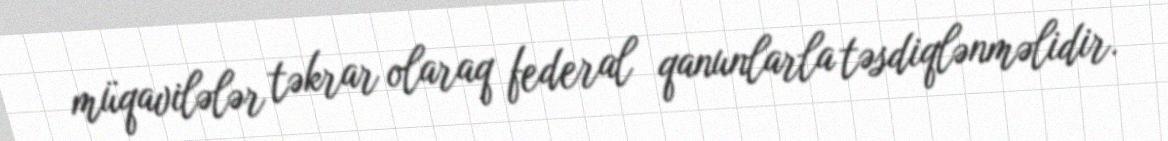
müqavilələr təkrar olaraq federal qanunlarla təsdiqlənməlidir.